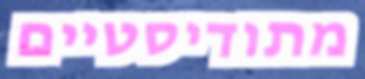
מתודיסטיים